Reports on military cantonments and civil stations in the Presidency of Bombay inspected by the Sanitary Commissioner in the years 1875 and 1876
Year: 1875
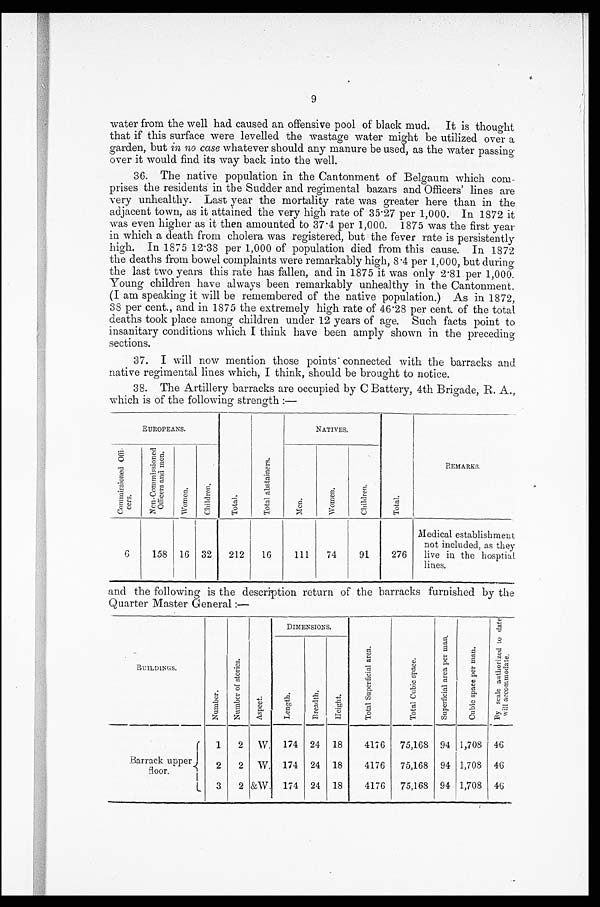
9
water from the well had caused an offensive pool of black mud. It is thought
that if this surface were levelled the wastage water might be utilized over a
garden, but in no case whatever should any manure be used, as the water passing
over it would find its way back into the well.
36. The native population in the Cantonment of Belgaum which com-
prises the residents in the Sudder and regimental bazars and Officers' lines are
very unhealthy. Last year the mortality rate was greater here than in the
adjacent town, as it attained the very high rate of 35.27 per 1,000. In 1872 it
was even higher as it then amounted to 37.4 per 1,000. 1875 was the first year
in which a death from cholera was registered, but the fever rate is persistently
high. In 1875 12.38 per 1,000 of population died from this cause. In 1872
the deaths from bowel complaints were remarkably high, 8.4 per 1,000, but during
the last two years this rate has fallen, and in 1875 it was only 2.81 per 1,000.
Young children have always been remarkably unhealthy in the Cantonment.
(I am speaking it will be remembered of the native population.) As in 1872,
38 per cent., and in 1875 the extremely high rate of 46.28 per cent. of the total
deaths took place among children under 12 years of age. Such facts point to
insanitary conditions which I think have been amply shown in the preceding
sections.
37. I will now mention those points connected with the barracks and
native regimental lines which, I think, should be brought to notice.
38. The Artillery barracks are occupied by C Battery, 4th Brigade, R. A.,
which is of the following strength :—
EUROPEANS.
T o t a l .
T o t a l a b s t a i n e r s .
NATIVES.
T o t a l .
REMARKS.
_
C o m m i s s i o n e d O f f i -
c e r s .
N o n - C o m m i s s i o n e d O f f i c e r s a n d m e n .
W o m e n .
C h i l d r e n .
M e n .
W o m e n .
C h i l d r e n .
6
158
16
32
212
16
111
74
91
276
Medical establishment
not included, as they
live in the hosptial
lines.
and the following is the description return of the barracks furnished by the
Quarter Master General :—
BUILDINGS.
N u m b e r .
N u m b e r o f s t o r i e s .
A s p e c t .
DIMENSIONS.
T o t a l S u p e r f i c i a l a r e a .
T o t a l C u b i c s p a c e S u p e r f i c i a l a r e a P e r m a n .
C u b i c s p a c e p e r m a n .
B y s c a l e a n t h o r i z e d t o d a t e w i l l a c c o m m o d a t e .
L e n g t h .
B r e a d t h .
H e i g h t .
Barrack upper
Floor.
1 2 W. 174 24 18 4176 75,168 94 1,708 46
2
2
W. 174 24 18
4176
75,168 94 1,708 46
3
2 &W. 174 24 18
4176
75,168 94 1,708 46